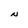
Character: N